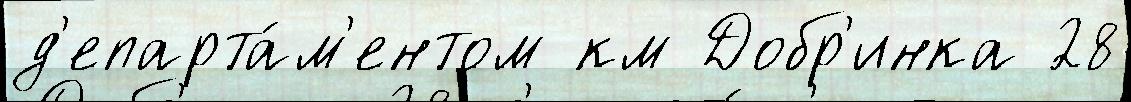
д'епарта́м'ентом км Добр'инка 28